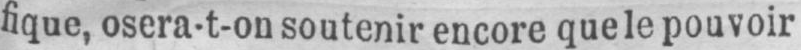
fique, osera-t-on soutenir encore que le pouvoir